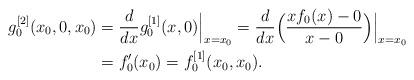
LaTeX: \begin{align*}g_0^{[2]}(x_0,0,x_0)& =\frac{d}{dx}g_0^{[1]}(x,0)\Big|_{x=x_0}=\frac{d}{dx}\Big(\frac{xf_0(x)-0}{x-0}\Big)\Big|_{x=x_0}\\ & =f'_0(x_0)=f^{[1]}_0(x_0,x_0).\end{align*}